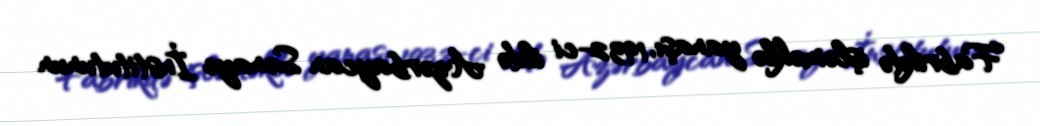
Fabrikdə işləməklə yanaşı, 1932-ci ildə Azərbaycan Sənaye İnstitutunun